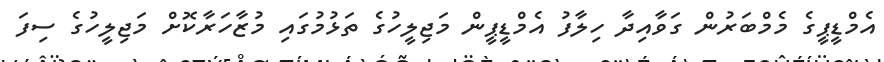
އެމްޑީޕީގެ މެމްބަރުން ގަވާއިދާ ހިލާފު އެމްޑީޕީން މަޖިލީހުގެ ތަޅުމުގައި މުޒާހަރާކޮށް މަޖިލީހުގެ ސިފަ